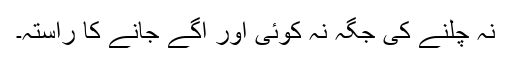
نہ چلنے کی جگہ نہ کوئی اور آگے جانے کا راستہ۔